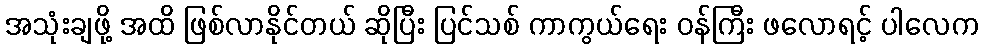
အသုံးချဖို့ အထိ ဖြစ်လာနိုင်တယ် ဆိုပြီး ပြင်သစ် ကာကွယ်ရေး ဝန်ကြီး ဖလောရင့် ပါလေက